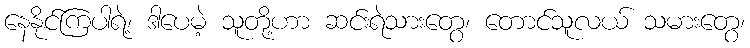
နေနိုင်ကြပါရဲ့၊ ဒါပေမဲ့ သူတို့ဟာ ဆင်းရဲသားတွေ၊ တောင်သူလယ် သမားတွေ၊